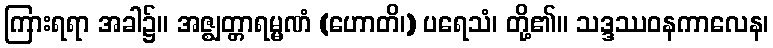
ကြားရရာ အခါ၌။ အဇ္ဈတ္တာရမ္မဏံ (ဟောတိ၊) ပရေသံ၊ တို့၏။ သဒ္ဒဿဝနကာလေန၊